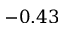
- 0 . 4 3